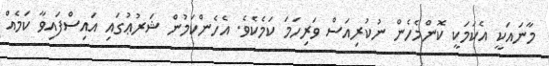
މާނައަކީ އެކަމަކީ ކޮންމެހެން ނުކުރިއަސް ވަރިހަމަ ކަމެކެވެ. އެހެންކަމުން ޝަރުޢުގައި އައިސްފައިވާ ކަމެއް